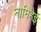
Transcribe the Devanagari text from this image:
नामिहेई